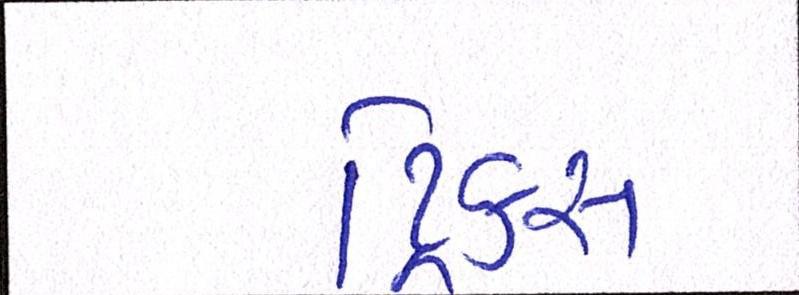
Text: ટ્રિક્સ